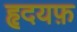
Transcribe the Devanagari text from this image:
हृदयफ़